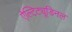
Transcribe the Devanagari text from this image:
ऐल्टिट्यूडिनल